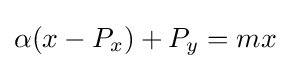
\alpha (x-P_{x})+P_{y}=mx